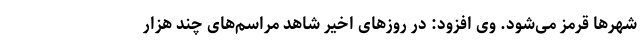
شهرها قرمز می‌شود. وی افزود: در روزهای اخیر شاهد مراسم‌های چند هزار